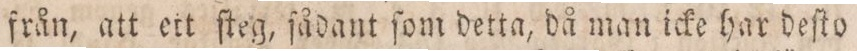
från, att ett ſteg, ſådant ſom detta, då man icke har deſto